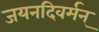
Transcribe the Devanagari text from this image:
जयनदिवर्मन्